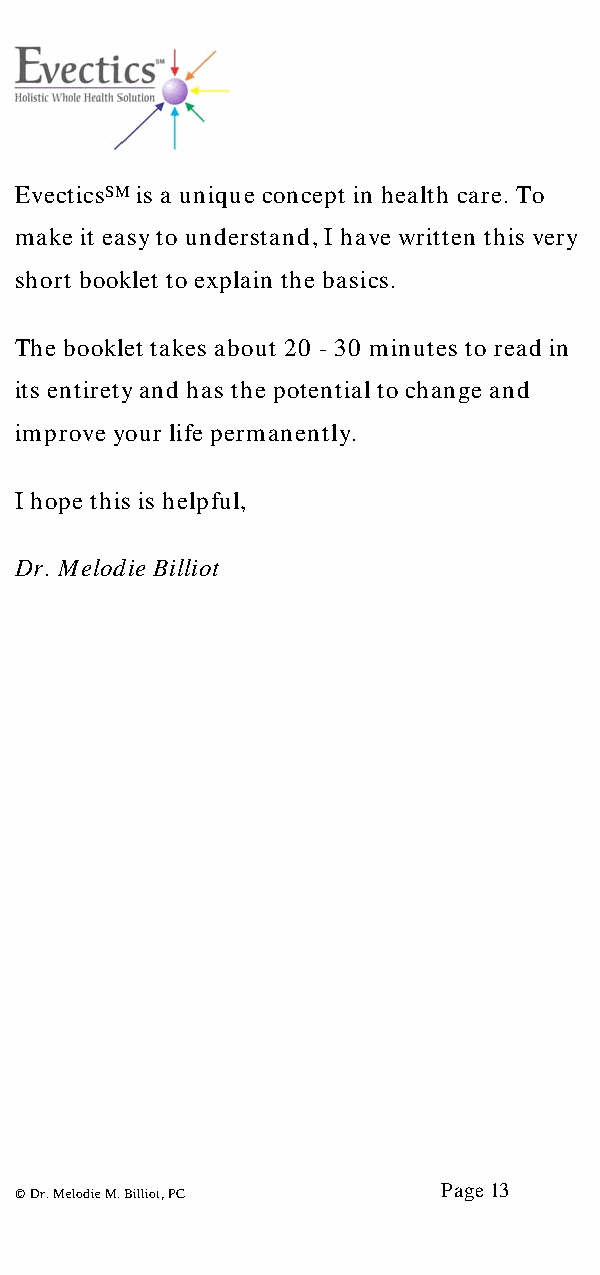
EvecticsSM is a unique concept in health care. To
 make it easy to understand, I have written this very
 short booklet to explain the basics.
 The booklet takes about 20 - 30 minutes to read in
 its entirety and has the potential to change and
 improve your life permanently.
 I hope this is helpful,
 Dr. Melodie Billiot
 Page 13
 © Dr. Melodie M. Billiot, PC